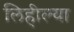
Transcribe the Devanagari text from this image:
लिहील्या